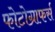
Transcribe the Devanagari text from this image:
फोटोग्राफर्स